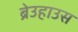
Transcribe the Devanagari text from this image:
ब्रेउहाउस